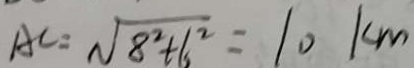
A C = \sqrt { 8 ^ { 2 } + 6 ^ { 2 } } = 1 0 k m